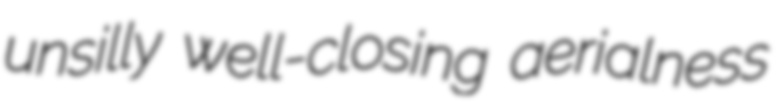
unsilly well-closing aerialness